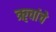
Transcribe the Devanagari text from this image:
ॠचांचे